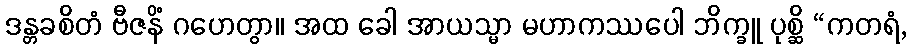
ဒန္တခစိတံ ဗီဇနိံ ဂဟေတွာ။ အထ ခေါ အာယသ္မာ မဟာကဿပေါ ဘိက္ခူ ပုစ္ဆိ “ကတရံ,